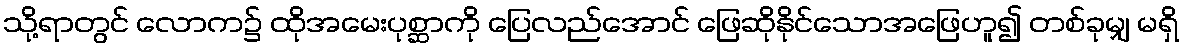
သို့ရာတွင် လောက၌ ထိုအမေးပုစ္ဆာကို ပြေလည်အောင် ဖြေဆိုနိုင်သောအဖြေဟူ၍ တစ်ခုမျှ မရှိ